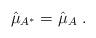
LaTeX: \begin{align*}\hat{\mu}_{A^*} = \hat{\mu}_A \ .\end{align*}